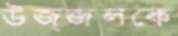
উজ্জ্বলকে